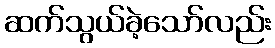
ဆက်သွယ်ခဲ့သော်လည်း